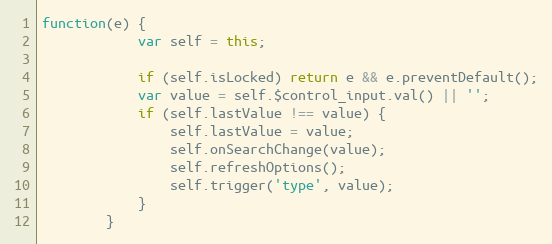
Language: JavaScript
function(e) {
			var self = this;

			if (self.isLocked) return e && e.preventDefault();
			var value = self.$control_input.val() || '';
			if (self.lastValue !== value) {
				self.lastValue = value;
				self.onSearchChange(value);
				self.refreshOptions();
				self.trigger('type', value);
			}
		}